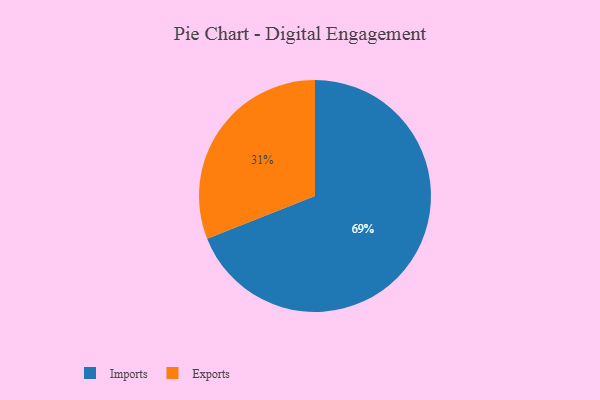
{"axis": {"x": "Category", "y": "Percentage"}, "legend": ["Exports", "Imports"], "data": [{"x": "Imports", "y": 69, "type": "Imports"}, {"x": "Exports", "y": 31, "type": "Exports"}]}